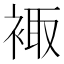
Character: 𧚥